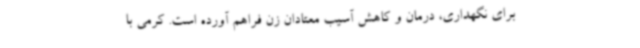
برای نگهداری، درمان و کاهش آسیب معتادان زن فراهم آورده است. کرمی با